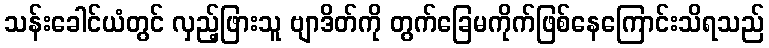
သန်းခေါင်ယံတွင် လှည့်ဖြားသူ ဗျာဒိတ်ကို တွက်ခြေမကိုက်ဖြစ်နေကြောင်းသိရသည်